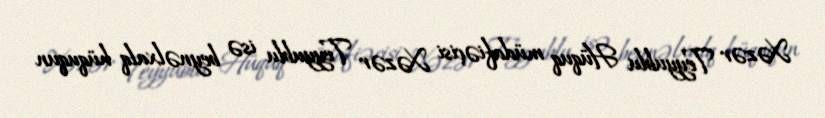
Xəzər Teyyublu Hüquq müdafiəçisi Xəzər Teyyublu isə beynəlxalq hüququn